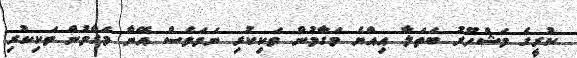
ކުރީގެ މަޝްހޫރު ބަތަލާ އިއްޔެ މަގާމުން ވަކިކުރި ނަމަވެސް އޭނާ މަގާމުން ވަކިކުރި